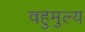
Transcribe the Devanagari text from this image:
वहुमुल्य